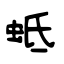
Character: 蚳